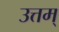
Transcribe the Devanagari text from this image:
उत्तम्